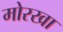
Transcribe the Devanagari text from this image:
मोरखा